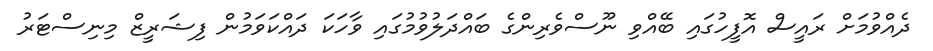
ދެއްވުމަށް ރައީސް އޮފީހުގައި ބޭއްވި ނޫސްވެރިންގެ ބައްދަލުވުމުގައި ވާހަކަ ދައްކަވަމުން ފިޝަރީޒް މިނިސްޓަރު